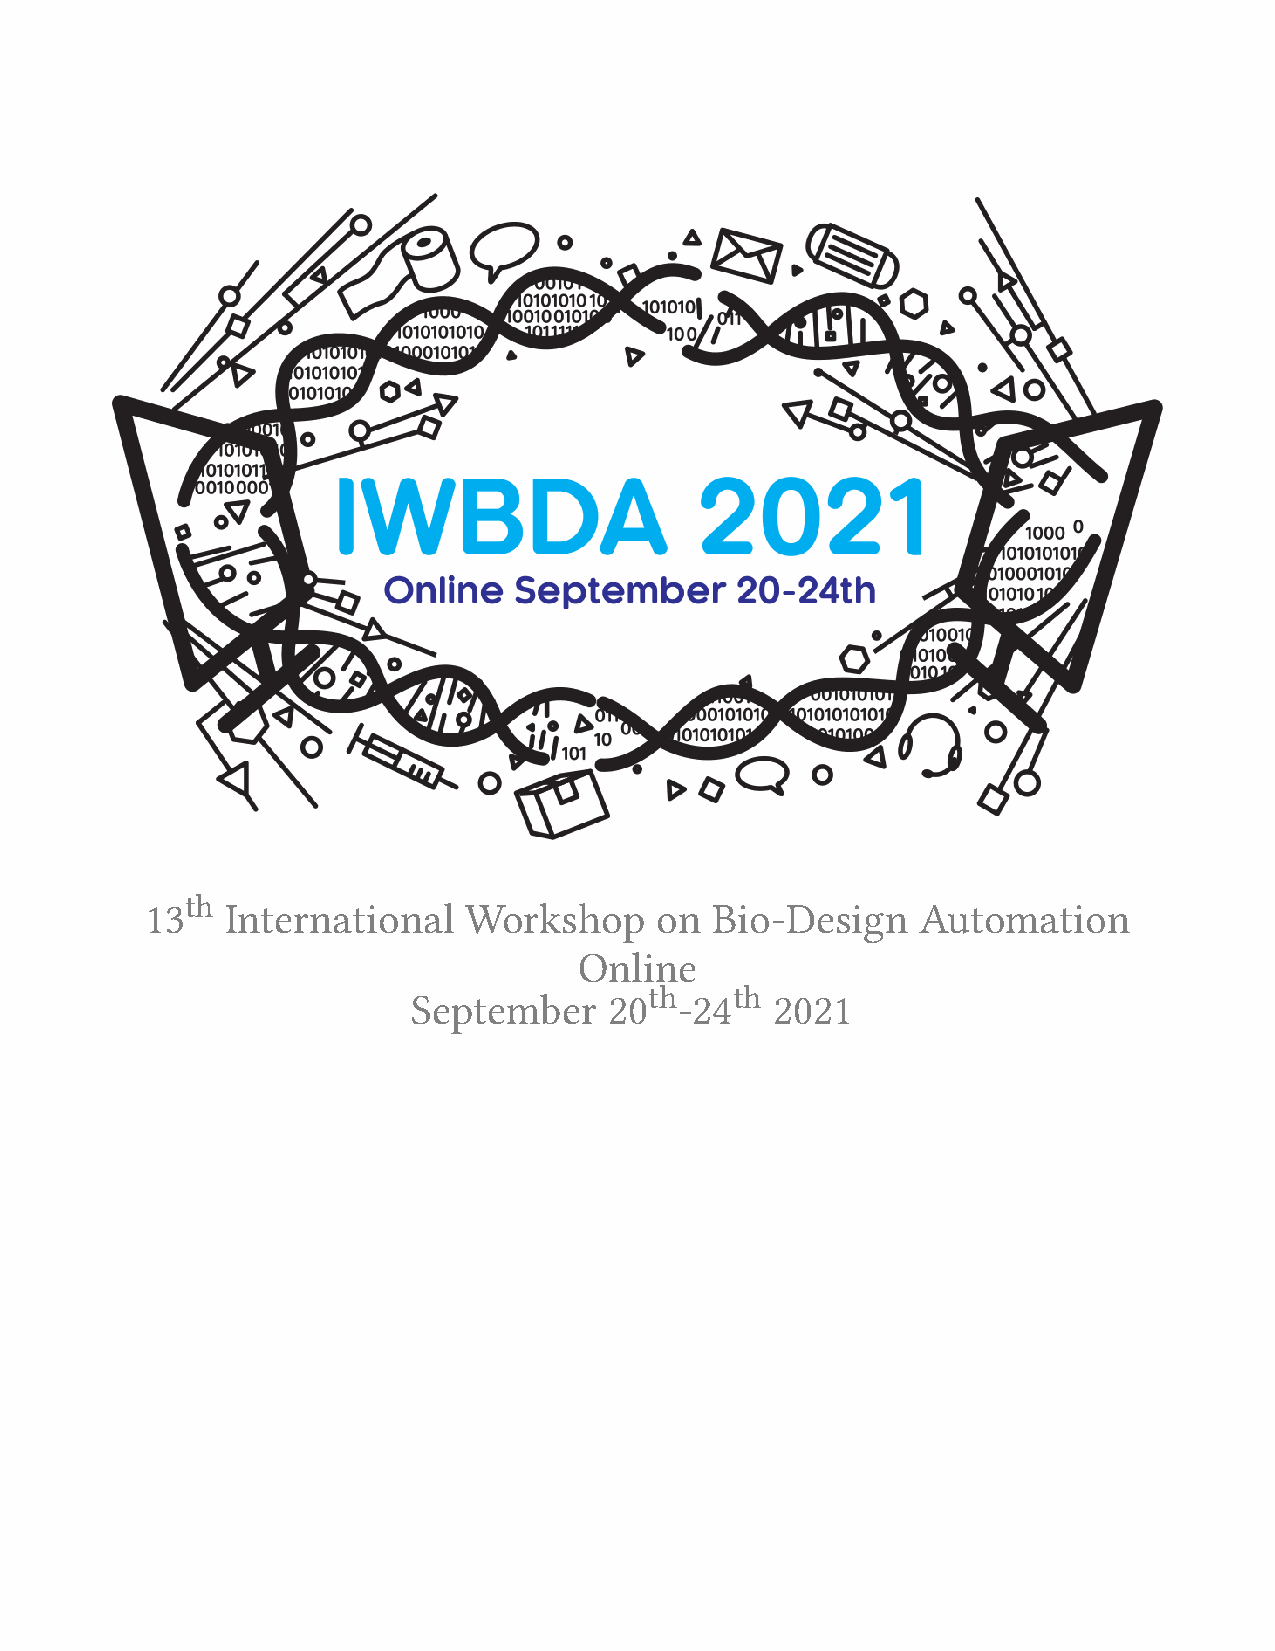
th
 13   International   Workshop     on Bio-Design    Automation
 Online
 th   th
 September    20   -24   2021